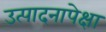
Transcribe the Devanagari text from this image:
उत्पादनापेक्षा